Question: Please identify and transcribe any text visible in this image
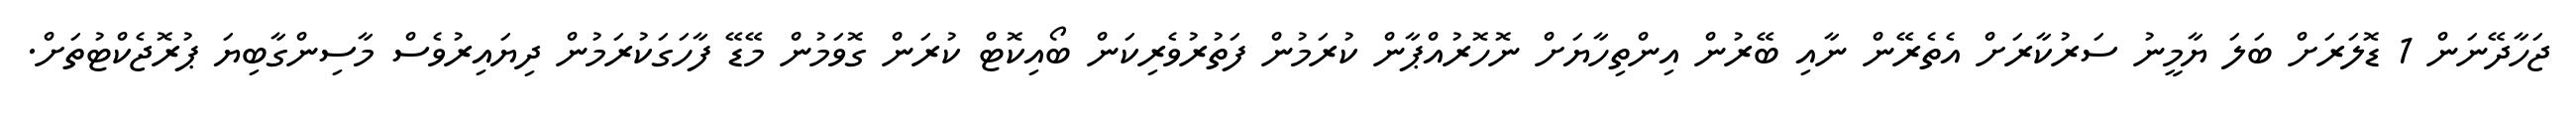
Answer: ޖަހާދޭނަން 1 ޑޮލަރަށް ބަލަ ޔާމީނު ސަރުކާރަށް އެތެރޭން ނާއި ބޭރުން އިންތިހާޔަށް ނޮހޮރުއްޕާން ކުރަމުން ފަތުރުވެރިކަން ބޯއިކޮޓް ކުރަން ގޮވަމުން މޭޑޭ ފާހަގަކުރަމުން ދިޔައިރުވެސް މާސިންގާބިޔަ ޕުރޮޖެކްޓުތަށް.